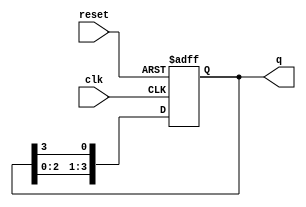
module ring_counter #(
    parameter n = 4 // Number of flip-flops
)(
    input wire clk,       // Clock input
    input wire reset,     // Asynchronous reset input
    output reg [n-1:0] q // Output representing the current state
);

    // Internal signal to hold the next state
    reg [n-1:0] next_q;

    // Initialize the counter state
    initial begin
        q = 1'b1; // Start with the first flip-flop set to '1'
    end

    // Always block for synchronous operation
    always @(posedge clk or posedge reset) begin
        if (reset) begin
            q <= 1'b1; // Reset to initial state
        end else begin
            // Shift the '1' to the next flip-flop
            next_q = {q[n-2:0], q[n-1]}; // Shift left and wrap around
            q <= next_q;
        end
    end

endmodule